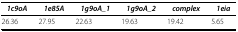
| 1c9oA | 1e85A | 1g9oA_1 | 1g9oA_2 | complex | 1eia |
 | --- | --- | --- | --- | --- | --- |
 | 26.36 | 27.95 | 22.63 | 19.63 | 19.42 | 5.65 |